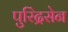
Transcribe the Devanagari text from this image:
पुरिंद्रसेन